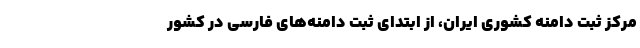
مرکز ثبت دامنه کشوری ایران، از ابتدای ثبت دامنه‌های فارسی در کشور